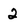
Character: 2